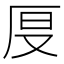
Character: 𠩒